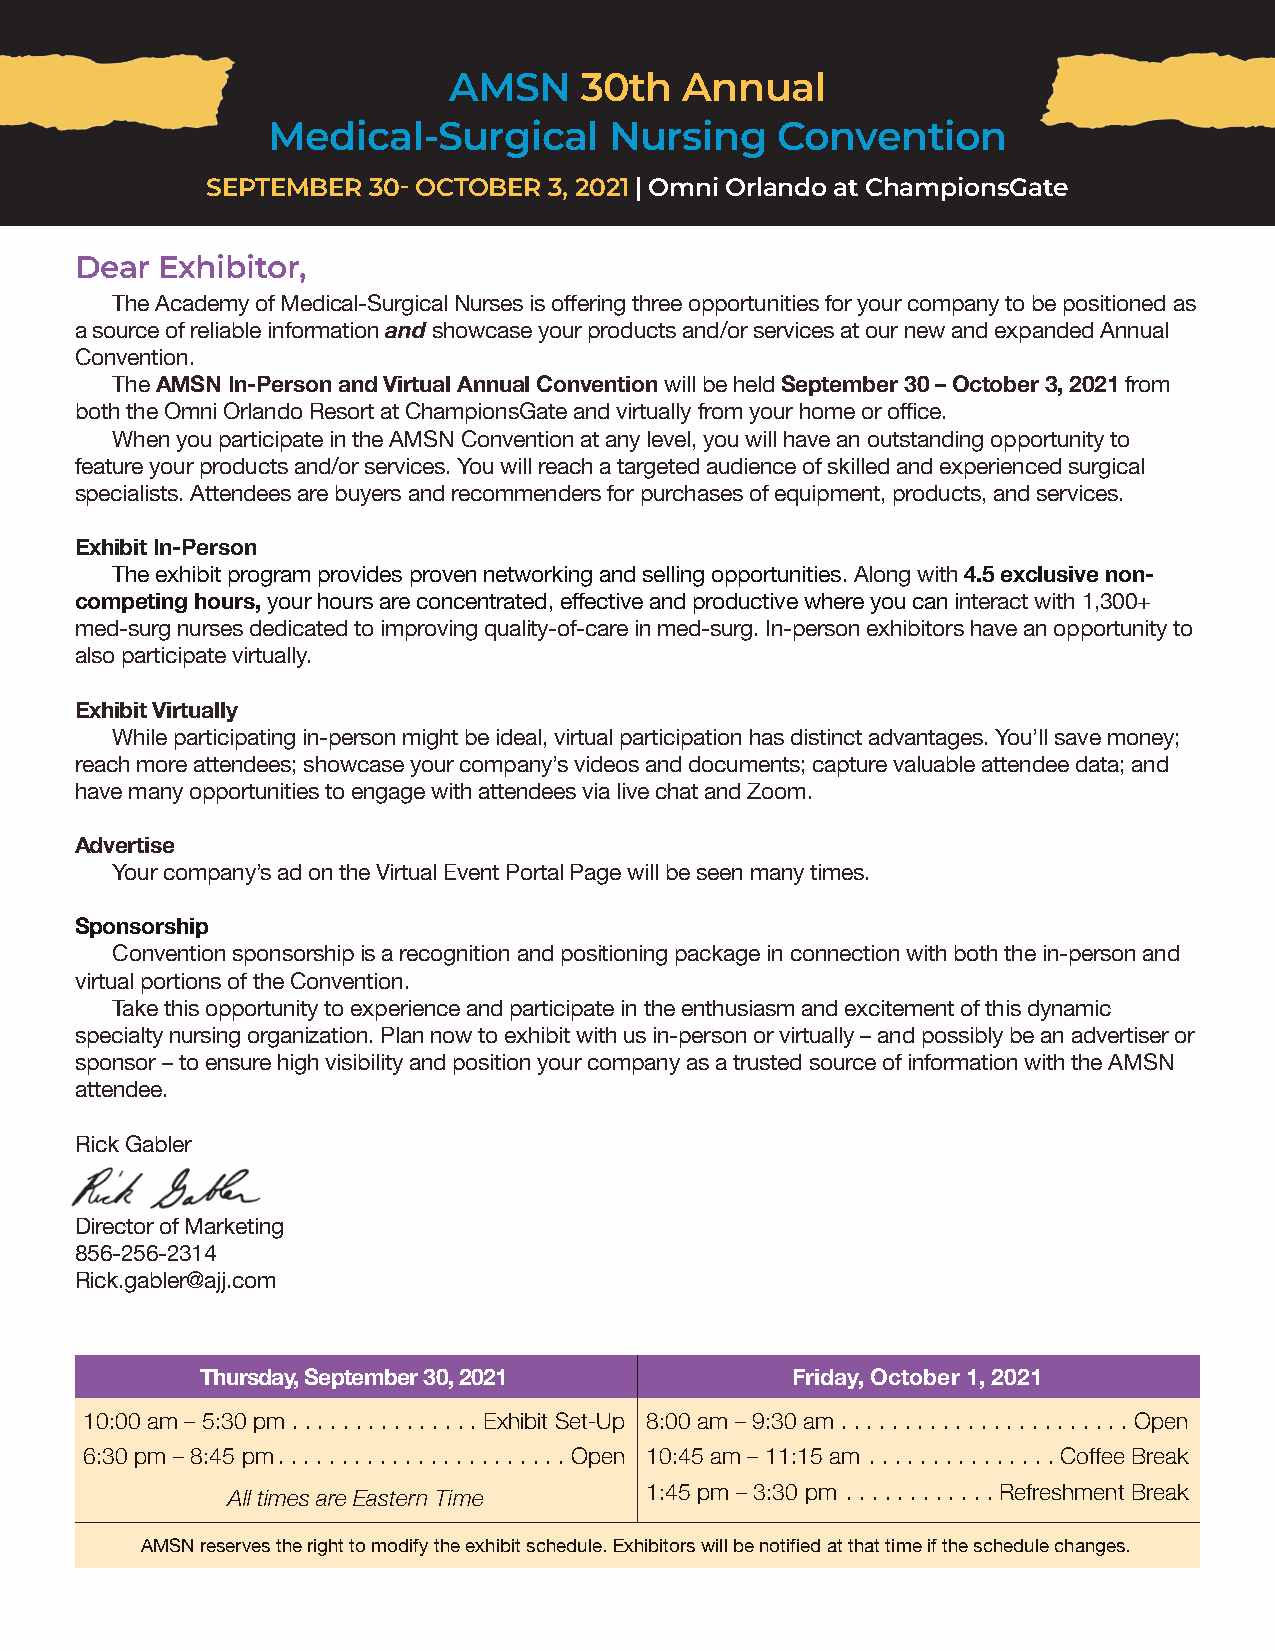
AMSN    30th   Annual
 Medical-Surgical      Nursing    Convention
 SEPTEMBER 30- OCTOBER 3, 2021 | Omni Orlando at ChampionsGate
 Dear Exhibitor,
 The Academy of Medical-Surgical Nurses is offering three opportunities for your company to be positioned as
 a source of reliable information and showcase your products and/or services at our new and expanded Annual
 Convention.
 The AMSN In-Person and Virtual Annual Convention will be held September 30 – October 3, 2021 from
 both the Omni Orlando Resort at ChampionsGate and virtually from your home or office.
 When you participate in the AMSN Convention at any level, you will have an outstanding opportunity to
 feature your products and/or services. You will reach a targeted audience of skilled and experienced surgical
 specialists. Attendees are buyers and recommenders for purchases of equipment, products, and services.
 Exhibit In-Person
 The exhibit program provides proven networking and selling opportunities. Along with 4.5 exclusive non-
 competing hours, your hours are concentrated, effective and productive where you can interact with 1,300+
 med-surg nurses dedicated to improving quality-of-care in med-surg. In-person exhibitors have an opportunity to
 also participate virtually.
 Exhibit Virtually
 While participating in-person might be ideal, virtual participation has distinct advantages. You’ll save money;
 reach more attendees; showcase your company’s videos and documents; capture valuable attendee data; and
 have many opportunities to engage with attendees via live chat and Zoom.
 Advertise
 Your company’s ad on the Virtual Event Portal Page will be seen many times.
 Sponsorship
 Convention sponsorship is a recognition and positioning package in connection with both the in-person and
 virtual portions of the Convention.
 Take this opportunity to experience and participate in the enthusiasm and excitement of this dynamic
 specialty nursing organization. Plan now to exhibit with us in-person or virtually – and possibly be an advertiser or
 sponsor – to ensure high visibility and position your company as a trusted source of information with the AMSN
 attendee.
 Rick Gabler
 Director of Marketing
 856-256-2314
 Rick.gabler@ajj.com
 Thursday, September 30, 2021           Friday, October 1, 2021
 10:00 am – 5:30 pm . . . . . . . . . . . . . . . Exhibit Set-Up 8:00 am – 9:30 am . . . . . . . . . . . . . . . . . . . . . . . Open
 6:30 pm – 8:45 pm. . . . . . . . . . . . . . . . . . . . . . . Open 10:45 am – 11:15 am . . . . . . . . . . . . . . . Coffee Break
 All times are Eastern Time  1:45 pm – 3:30 pm . . . . . . . . . . . . Refreshment Break
 AMSN reserves the right to modify the exhibit schedule. Exhibitors will be notified at that time if the schedule changes.